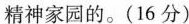
精神家园的。(16分)